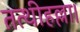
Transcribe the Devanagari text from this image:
तत्थीहल्ला।